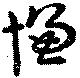
慊